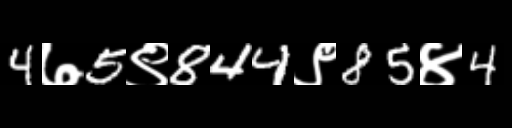
Text: 4७5९844९85४4